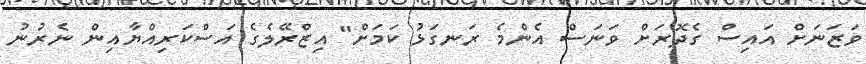
ވަޒަނަށް އައިސް ގެދޮރަށް ވަނަސް އެންމެ ރަނގަޅު ކަމަށް" އިޒްރޭލެގެ އަސްކަރިއްޔާއިން ނެރުނު